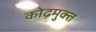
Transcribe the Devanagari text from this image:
कोढ़मुक्त